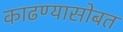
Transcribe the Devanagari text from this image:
काढण्यासोबत